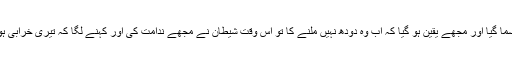
جب دودھ پیٹ میں سما گیا اور مجھے یقین ہو گیا کہ اب وہ دودھ نہیں ملنے کا تو اس وقت شیطان نے مجھے ندامت کی اور کہنے لگا کہ تیری خرابی ہو تو نے کیا کام کیا؟